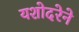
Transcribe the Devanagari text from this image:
यशोदरेने